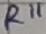
Text: R11